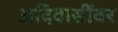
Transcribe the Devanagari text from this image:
अदिवासींवर